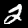
Label: 2